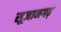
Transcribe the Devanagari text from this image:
सूजानगढ़